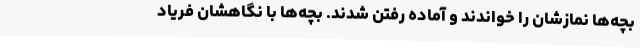
بچه‌ها نمازشان را خواندند و آماده رفتن شدند. بچه‌ها با نگاهشان فریاد